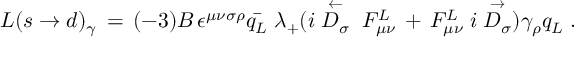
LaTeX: { \cal { L } } ( s \rightarrow d ) _ { \gamma } \, = \, ( - 3 ) B \, \epsilon ^ { \mu \nu \sigma \rho } \bar { q _ { L } } \; \lambda _ { + } ( i \stackrel { \leftarrow } { D _ { \sigma } } \; F _ { \mu \nu } ^ { L } \, + \, F _ { \mu \nu } ^ { L } \; i \stackrel { \rightarrow } { D _ { \sigma } } ) \gamma _ { \rho } q _ { L } \; .